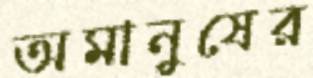
অমানুষের